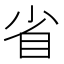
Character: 省